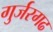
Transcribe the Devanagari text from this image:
गुर्जरगढ